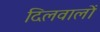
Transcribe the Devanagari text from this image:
दिलवालों